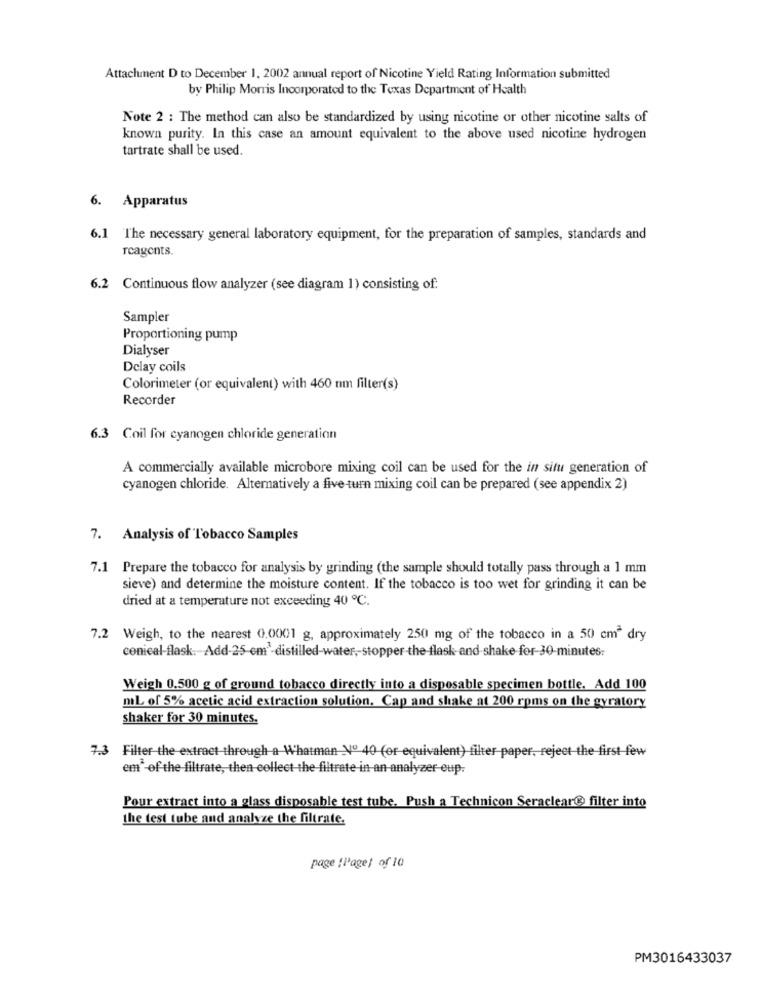
Attachment D to December 1, 2002 annual report of Nicotine Yield Rating Information submitted
by Philip Morris Incorporated to the Texas Department of Health
Note 2 : The method can also be standardized by using nicotine or other nicotine salts of
known purity. In this case an amount equivalent to the above used nicotine hydrogen
tartrate shall be used.
6. Apparatus
6.1 The necessary general laboratory equipment, for the preparation of samples, standards and
reagents.
6.2 Continuous flow analyzer (see diagram 1) consisting of:
Sampler
Proportioning pump
Dialyser
Delay coils
Colorimeter (or equivalent) with 460 nm filter(s)
Recorder
6.3 Coil for cyanogen chloride generation
A commercially available microbore mixing coil can be used for the in situ generation of
cyanogen chloride. Alternatively a five turn mixing coil can be prepared (see appendix 2)
7. Analysis of Tobacco Samples
7.1 Prepare the tobacco for analysis by grinding (the sample should totally pass through a 1 mm
sieve) and determine the moisture content. If the tobacco is too wet for grinding it can be
dried at a temperature not exceeding 40 ℃.
7.2 Weigh, to the nearest 0.0001 g, approximately 250 mg of the tobacco in a 50 cm" dry
conical-flask. Add-25-em-distilled-water ,- stopper the flash-and-shake-for-30-minutes:
Weigh 0.500 g of ground tobacco directly into a disposable specimen bottle. Add 100
mL of 5% acetic acid extraction solution. Cap and shake at 200 roms on the gyratory
shaker for 30 minutes.
7.3 Filter the extraet through a Whatman Nº 40 (or equivalent) filter paper, reject the first few
em"-of the filtrate, then collect the filtrate in an analyzer-eup:
Pour extract into a glass disposable test tube. Push a Technicon Seraclear@ filter into
the test tube and analyze the filtrate.
page [Page] of 10
PM3016433037